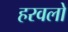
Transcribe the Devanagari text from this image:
हरवलो